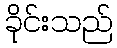
ခိုင်းသည်